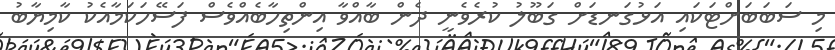
މި ސަބަބަށްޓަކައި އަޅުގަނޑަށް ގަބޫލު ކުރެވެނީ ދެން ބާއްވާ އިންތިހާބެއްވެސް ފަސޭހަކަމާއެކު ކާމިޔާބު